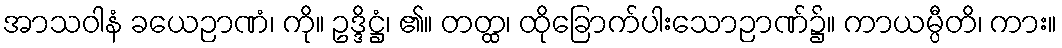
အာသဝါနံ ခယေဉာဏံ၊ ကို။ ဥဒ္ဒိဋ္ဌံ၊ ၏။ တတ္ထ၊ ထိုခြောက်ပါးသောဉာဏ်၌။ ကာယမ္ပီတိ၊ ကား။